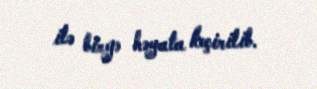
ilə birgə həyata keçirilib.